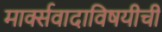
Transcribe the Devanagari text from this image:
मार्क्सवादाविषयीची